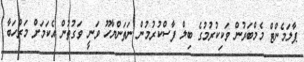
ޕާލަމެންޓް މެމްބަރުން ވަކިކުރުމުގެ ބިލް ފާސްކުރުމުން ނަތަންޔާހޫ ވަނީ ވަގުތުން އެކަމަށް މަރްހަބާ